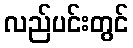
လည်ပင်းတွင်